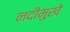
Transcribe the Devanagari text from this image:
नदीमुखे